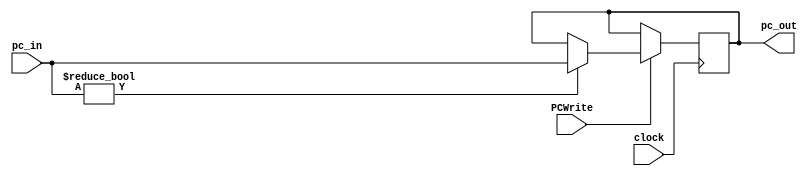
`timescale 1ns / 1ps
//////////////////////////////////////////////////////////////////////////////////
// Company: 
// Engineer: 
// 
// Design Name: 
// Module Name: test
// Project Name: 
// Target Devices: 
// Tool Versions: 
// Description: 
// 
// Dependencies: 
// 
// Revision:
// Revision 0.01 - File Created
// Additional Comments:
// 
//////////////////////////////////////////////////////////////////////////////////


module pc(clock, PCWrite, pc_in, pc_out);
input PCWrite;
input [31:0]pc_in;
output reg [31:0]pc_out;
input clock;

initial
begin
    pc_out = 0;
end

always@(negedge clock)
begin
    // only pass inputs to outputs if we are allowing PC to write, else hold current values
    if (PCWrite == 1)
    begin
        if (pc_in) 
        begin
            pc_out = pc_in;
        end
    end
end

endmodule